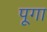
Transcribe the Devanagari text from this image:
पूगा